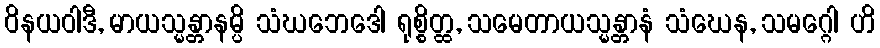
ဝိနယဝါဒီ, မာယသ္မန္တာနမ္ပိ သံဃဘေဒေါ ရုစ္စိတ္ထ, သမေတာယသ္မန္တာနံ သံဃေန, သမဂ္ဂေါ ဟိ